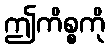
ဤကိစ္စကို